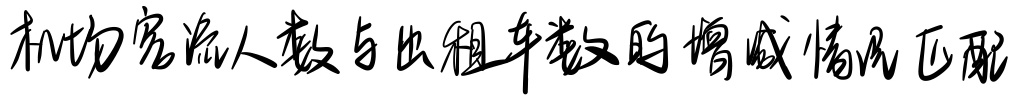
机场客流人数与出租车数量的增减情况匹配